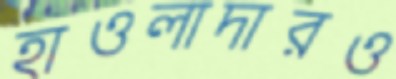
হাওলাদারও